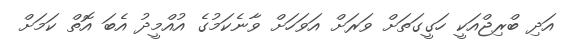
އަދި ބްރިޖްއަކީ ހަގީގަތަށް ވަރަށް އަވަހަށް ވާނެކަމުގެ އުއްމީދު އެބަ އޮތް ކަމަށް